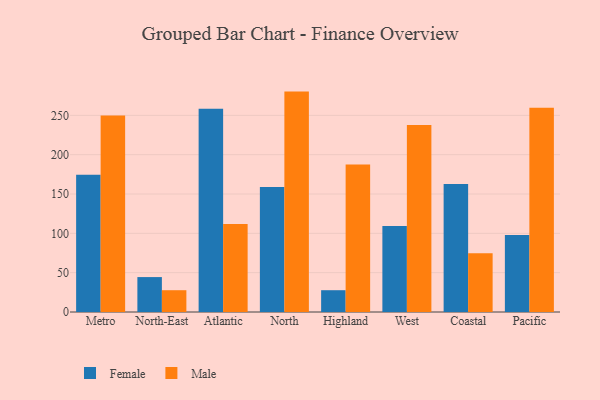
{"axis": {"x": "Region", "y": "Website Visitors"}, "legend": ["Female", "Male"], "data": [{"x": "Metro", "y": 174.6, "type": "Female"}, {"x": "Metro", "y": 249.7, "type": "Male"}, {"x": "North-East", "y": 44.4, "type": "Female"}, {"x": "North-East", "y": 27.7, "type": "Male"}, {"x": "Atlantic", "y": 258.5, "type": "Female"}, {"x": "Atlantic", "y": 111.9, "type": "Male"}, {"x": "North", "y": 159.0, "type": "Female"}, {"x": "North", "y": 280.2, "type": "Male"}, {"x": "Highland", "y": 27.7, "type": "Female"}, {"x": "Highland", "y": 187.4, "type": "Male"}, {"x": "West", "y": 109.2, "type": "Female"}, {"x": "West", "y": 237.7, "type": "Male"}, {"x": "Coastal", "y": 162.7, "type": "Female"}, {"x": "Coastal", "y": 74.7, "type": "Male"}, {"x": "Pacific", "y": 97.9, "type": "Female"}, {"x": "Pacific", "y": 259.6, "type": "Male"}]}